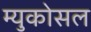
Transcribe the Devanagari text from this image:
म्युकोसल